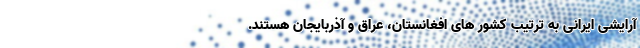
آرایشی ایرانی به ترتیب کشور های افغانستان، عراق و آذربایجان هستند.